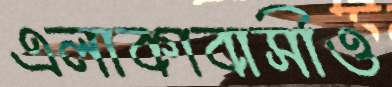
এলাকাবাসীও